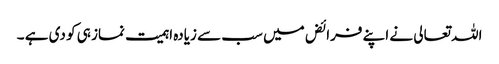
اللہ تعالی نے اپنے فرائض میں سب سے زیادہ اہمیت نماز ہی کو دی ہے ۔